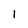
Character: 1